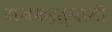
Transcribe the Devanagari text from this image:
राजकर्त्यानी